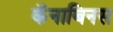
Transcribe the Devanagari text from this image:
कॅनाबिनस